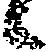
々